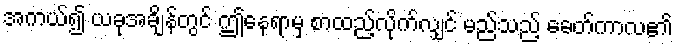
အကယ်၍ ယခုအချိန်တွင် ဤနေရာမှ စာထည့်လိုက်လျှင် မည်သည့် ခေတ်ကာလ၏